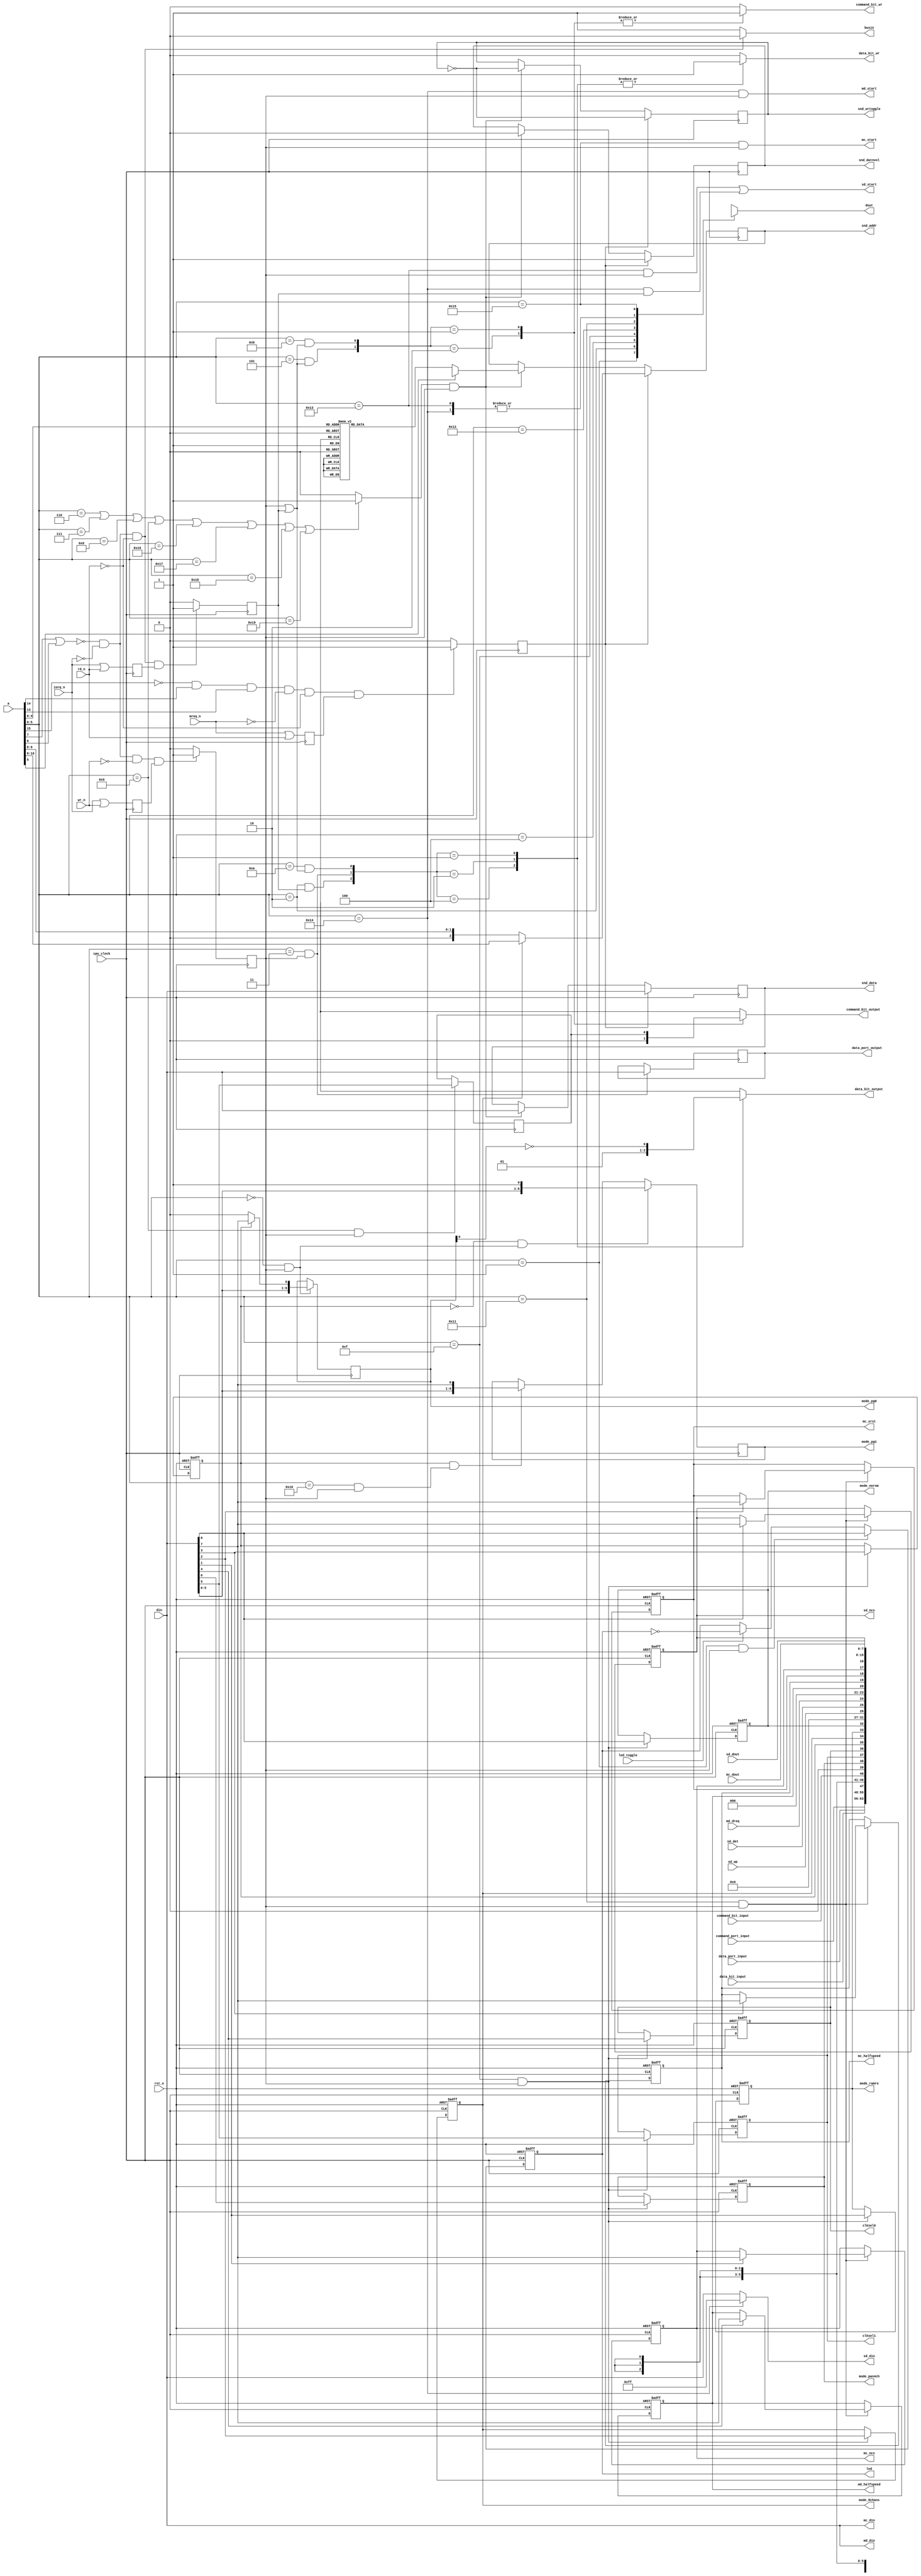
// part of NeoGS project (c) 2007-2008 NedoPC
//

// ports $00-$3f are in FPGA, $40-$ff are in CPLD

module ports(

	din,  // NGS z80 cpu DATA BUS inputs
	dout, // NGS z80 cpu DATA BUS outputs
	busin, // direction of bus: =1 - input, =0 - output
	a, // NSG z80 cpu ADDRESS BUS

	iorq_n,mreq_n,rd_n,wr_n, // NGS z80 cpu control signals


	data_port_input, // data_port input from zxbus module (async)
	data_port_output, // data_port output to zxbus module (async to zxbus, sync here)
	command_port_input, // command_port input from zxbus (async)

	data_bit_input, // data_bit from zxbus module (sync)
	command_bit_input, // --//-- (sync)

	data_bit_output, // output to zxbus module
	command_bit_output,

	data_bit_wr, // strobes (positive) to zxbus module, synchronous
	command_bit_wr,


	mode_8chans, // mode outputs for sound_main module
	mode_pan4ch, //

	mode_ramro, // mode outputs for memmap module
	mode_norom,

	mode_pg0, // page registers for memmap module
	mode_pg1,


	clksel0, // clock select (output from FPGA)
	clksel1,


	snd_wrtoggle, // toggle to write sound data to sound system memory
	snd_datnvol,  // whether it's for volume (=0) or for samples (=1)
	snd_addr,     // address: which channel to be written (0-7)
	snd_data,     // actual 8-bit data to be written


	md_din, // mp3 data interface
	md_start,
	md_dreq,
	md_halfspeed,

	mc_ncs, // mp3 control interface
	mc_xrst,
	mc_dout,
	mc_din,
	mc_start,
	mc_halfspeed,

	sd_ncs, // SD card interface
	sd_dout,
	sd_din,
	sd_start,
	sd_det,
	sd_wp,

	led, // LED control
	led_toggle,


	rst_n,

	cpu_clock // Z80 CPU clock (clk_fpga on schematics)
);


	localparam MPAG      = 6'h00;
	localparam MPAGEX    = 6'h10;

	localparam ZXCMD     = 6'h01;
	localparam ZXDATRD   = 6'h02;
	localparam ZXDATWR   = 6'h03;
	localparam ZXSTAT    = 6'h04;
	localparam CLRCBIT   = 6'h05;

	localparam VOL1      = 6'h06;
	localparam VOL2      = 6'h07;
	localparam VOL3      = 6'h08;
	localparam VOL4      = 6'h09;
	localparam VOL5      = 6'h16;
	localparam VOL6      = 6'h17;
	localparam VOL7      = 6'h18;
	localparam VOL8      = 6'h19;

	localparam DAMNPORT1 = 6'h0a;
	localparam DAMNPORT2 = 6'h0b;

	localparam LEDCTR    = 6'h01;

	localparam GSCFG0    = 6'h0f;

	localparam SCTRL     = 6'h11;
	localparam SSTAT     = 6'h12;

	localparam SD_SEND   = 6'h13;
	localparam SD_READ   = 6'h13;
	localparam SD_RSTR   = 6'h14;

	localparam MD_SEND   = 6'h14; // same as SD_RSTR!!!

	localparam MC_SEND   = 6'h15;
	localparam MC_READ   = 6'h15;



	// inputs/outputs description

	input      [7:0] din;
	output reg [7:0] dout;

	output reg busin; // =1 - dbus ins, =0 - dbus outs

	input [15:0] a;

	input iorq_n,mreq_n,rd_n,wr_n;

	input      [7:0] data_port_input;
	input      [7:0] command_port_input;
	output reg [7:0] data_port_output;

	input data_bit_input;
	input command_bit_input;

	output reg data_bit_output;

	output reg command_bit_output;

	output reg data_bit_wr;

	output reg command_bit_wr;

	output reg mode_8chans;

	output reg mode_pan4ch;

	output reg mode_ramro;

	output reg mode_norom;

	output reg [6:0] mode_pg0;
	output reg [6:0] mode_pg1;

	output reg clksel0;
	output reg clksel1;


	output reg snd_wrtoggle;
	output reg snd_datnvol;
	output reg [2:0] snd_addr;
	output reg [7:0] snd_data;


	input rst_n;

	input cpu_clock;




	// SPI interfaces related

	// MP3 data interface
	output [7:0] md_din; // data to MP3 data SPI interface

	output md_start; // start toggle for mp3 data spi

	input md_dreq; // data request from mp3 decoder

	output reg md_halfspeed;


	// MP3 control interface
	output reg mc_ncs; // nCS signal

	output reg mc_xrst; // xRESET signal

	output mc_start; // start toggle

	output reg mc_halfspeed;

	output [7:0] mc_din; // data to send

	input [7:0] mc_dout; // received data


      // SDcard interface
	output reg sd_ncs;

	output sd_start;

	output [7:0] sd_din;

	input [7:0] sd_dout;

	input sd_det;

	input sd_wp;


// LED control register

	output reg led;
	input led_toggle;



// internal regs & wires

	reg mode_expag; // extended paging mode register

	reg port09_bit5;

	wire port_enabled; // =1 when port address is in enabled region ($00-$3f)
	wire mem_enabled; // =1 when memory mapped sound regs are addressed ($6000-$7FFF)
	reg volports_enabled; // when volume ports are addressed (6-9 and $16-$19)

	reg iowrn_reg; // registered io write signal (all positive edge!)
	reg iordn_reg; // --//--
	reg merdn_reg; // --//--


	reg port_wr; // synchronous positive write pulse (write from z80 to fpga regs)
	reg port_rd;  // synchronous positive read pulse (read done from fpga regs to z80)

	reg memreg_rd; // when memory-mapped sound regs are read






	wire port00_wr;   // specific write and read strobes (1 clock cycle long positive)
	wire p_ledctr_wr;
	wire port02_rd;
	wire port03_wr;
	wire port05_wrrd;
	wire port09_wr;
	wire port0a_wrrd;
	wire port0b_wrrd;
	wire port0f_wr;
	wire port10_wr;

	wire p_sstat_rd;
	wire p_sctrl_rd;
	wire p_sctrl_wr;
	wire p_sdsnd_wr;
	wire p_sdrd_rd;
	wire p_sdrst_rd;
	wire p_mdsnd_wr;
	wire p_mcsnd_wr;
	wire p_mcrd_rd;

	reg [2:0] volnum; // volume register number from port address




// actual code

	//enabled ports
	assign port_enabled = ~(a[7] | a[6]); // $00-$3F

	//enabled mem
	assign mem_enabled = (~a[15]) & a[14] & a[13]; // $6000-$7FFF

	// volume ports enabled
	always @*
	begin
		if( a[5:0]==VOL1 ||
		    a[5:0]==VOL2 ||
		    a[5:0]==VOL3 ||
		    a[5:0]==VOL4 ||
		    a[5:0]==VOL5 ||
		    a[5:0]==VOL6 ||
		    a[5:0]==VOL7 ||
		    a[5:0]==VOL8 )

			volports_enabled <= 1'b1;
		else
			volports_enabled <= 1'b0;
	end



	//when data bus outputs
	always @*
	begin
		if( port_enabled && (!iorq_n) && (!rd_n) )
			busin <= 1'b0; // bus outputs
		else
			busin <= 1'b1; // bus inputs
	end



	// rd/wr/iorq syncing in and pulses
	always @(posedge cpu_clock)
	begin
		iowrn_reg <= iorq_n | wr_n;
		iordn_reg <= iorq_n | rd_n;

		if( port_enabled && (!iorq_n) && (!wr_n) && iowrn_reg )
			port_wr <= 1'b1;
		else
			port_wr <= 1'b0;

		if( port_enabled && (!iorq_n) && (!rd_n) && iordn_reg )
			port_rd <= 1'b1;
		else
			port_rd <= 1'b0;

	end

	// mreq syncing and mem read pulse
	always @(negedge cpu_clock)
	begin
		merdn_reg <= mreq_n | rd_n;

		if( mem_enabled && (!mreq_n) && (!rd_n) && merdn_reg )
			memreg_rd <= 1'b1;
		else
			memreg_rd <= 1'b0;

	end


	// specific ports strobes
	assign port00_wr   = ( a[5:0]==MPAG      && port_wr            );
	assign port02_rd   = ( a[5:0]==ZXDATRD   && port_rd            );
	assign port03_wr   = ( a[5:0]==ZXDATWR   && port_wr            );
	assign port05_wrrd = ( a[5:0]==CLRCBIT   && (port_wr||port_rd) );
	assign port09_wr   = ( a[5:0]==VOL4      && port_wr            );
	assign port0a_wrrd = ( a[5:0]==DAMNPORT1 && (port_wr||port_rd) );
	assign port0b_wrrd = ( a[5:0]==DAMNPORT2 && (port_wr||port_rd) );
	assign port0f_wr   = ( a[5:0]==GSCFG0    && port_wr            );
	assign port10_wr   = ( a[5:0]==MPAGEX    && port_wr            );


	assign p_sctrl_rd = ( a[5:0]==SCTRL  && port_rd );
	assign p_sctrl_wr = ( a[5:0]==SCTRL  && port_wr );
	assign p_sstat_rd = ( a[5:0]==SSTAT  && port_rd );
	assign p_sdsnd_wr = ( a[5:0]==SD_SEND && port_wr );
	assign p_sdrd_rd  = ( a[5:0]==SD_READ && port_rd );
	assign p_sdrst_rd = ( a[5:0]==SD_RSTR && port_rd );
	assign p_mdsnd_wr = ( a[5:0]==MD_SEND && port_wr );
	assign p_mcsnd_wr = ( a[5:0]==MC_SEND && port_wr );
	assign p_mcrd_rd  = ( a[5:0]==MC_READ && port_rd );

	assign p_ledctr_wr = ( a[5:0]==LEDCTR && port_wr );



	// read from fpga to Z80
	always @*
	begin
		case( a[5:0] )
		ZXCMD: // command register
			dout <= command_port_input;
		ZXDATRD: // data register
			dout <= data_port_input;
		ZXSTAT: // status bits
			dout <= { data_bit_input, 6'bXXXXXX, command_bit_input };
		GSCFG0: // config register #0F
			dout <= { 1'b0, mode_pan4ch, clksel1, clksel0, mode_expag, mode_8chans, mode_ramro, mode_norom };

		SSTAT:
			dout <= { 5'd0, sd_wp, sd_det, md_dreq };
		SCTRL:
			dout <= { 3'd0, md_halfspeed, mc_halfspeed, mc_xrst, mc_ncs, sd_ncs };
		SD_READ:
			dout <= sd_dout;
		SD_RSTR:
			dout <= sd_dout;
		MC_READ:
			dout <= mc_dout;

		default:
			dout <= 8'bXXXXXXXX;
		endcase
	end





	// write to $00 and $10 ports ++
	always @(posedge cpu_clock)
	begin
		if( port00_wr==1'b1 ) // port 00
		begin
			if( mode_expag==1'b0 ) // normal paging
				mode_pg0[6:0] <= { din[5:0], 1'b0 };
			else // extended paging
				mode_pg0[6:0] <= { din[5:0], din[7] };
		end

		if( mode_expag==1'b0 && port00_wr==1'b1 ) // port 10 (when in normal mode, part of port 00)
			mode_pg1[6:0] <= { din[5:0], 1'b1 };
		else if( mode_expag==1'b1 && port10_wr==1'b1 )
			mode_pg1[6:0] <= { din[5:0], din[7] };
	end

	// port $03 write ++
	always @(posedge cpu_clock)
	begin
		if( port03_wr==1'b1 )
			data_port_output <= din;
	end

	// port $09 bit tracing
	always @(posedge cpu_clock)
	begin
		if( port09_wr==1'b1 )
			port09_bit5 <= din[5];
	end

	// write and reset of port $0F ++
	always @(posedge cpu_clock,negedge rst_n)
	begin
		if( rst_n==1'b0 ) // reset!
			{ mode_pan4ch, clksel1, clksel0, mode_expag, mode_8chans, mode_ramro, mode_norom } <= 7'b0110000;
		else // write to port
		begin
			if( port0f_wr == 1'b1 )
			begin
				{ mode_pan4ch, clksel1, clksel0, mode_expag, mode_8chans, mode_ramro, mode_norom } <= din[6:0];
			end
		end
	end

	// data bit handling
    always @*
    begin
		case( {port02_rd,port03_wr,port0a_wrrd} )
		3'b100:
		begin
			data_bit_output <= 1'b0;
			data_bit_wr <= 1'b1;
		end

		3'b010:
		begin
			data_bit_output <= 1'b1; // ++
			data_bit_wr <= 1'b1;
		end

		3'b001:
		begin
			data_bit_output <= ~mode_pg0[0];
			data_bit_wr <= 1'b1;
		end

		default:
		begin
			data_bit_output <= 1'bX;
			data_bit_wr <= 1'b0;
		end
    	endcase

    end

	// command bit handling
	always @*
	begin
		casex( {port05_wrrd,port0b_wrrd} )
		2'b10:
		begin
			command_bit_output <= 1'b0;
			command_bit_wr <= 1'b1;
		end

		2'b01:
		begin
			command_bit_output <= port09_bit5;
			command_bit_wr <= 1'b1;
		end

		default:
		begin
			command_bit_output <= 1'bX;
			command_bit_wr <= 1'b0;
		end
		endcase
	end

	// handle data going to sound module (volume and samples values)
	always @*
	begin
		case( a[5:0] ) // port addresses to volume register numbers
		VOL1:
			volnum <= 3'd0;
		VOL2:
			volnum <= 3'd1;
		VOL3:
			volnum <= 3'd2;
		VOL4:
			volnum <= 3'd3;
		VOL5:
			volnum <= 3'd4;
		VOL6:
			volnum <= 3'd5;
		VOL7:
			volnum <= 3'd6;
		VOL8:
			volnum <= 3'd7;
		default:
			volnum <= 3'bXXX;
		endcase
	end

	// handling itself (sending data to sound module)
	always @(posedge cpu_clock)
	begin
		if( memreg_rd ) // memory read - sample data write
		begin
			snd_wrtoggle <= ~snd_wrtoggle;
			snd_datnvol  <= 1'b1; // sample data

			if( !mode_8chans ) // 4 channel mode
				snd_addr <= { 1'b0, a[9:8] };
			else // 8 channel mode
				snd_addr <= a[10:8];

			snd_data <= din;
		end
		else if( volports_enabled && port_wr )
		begin
			snd_wrtoggle <= ~snd_wrtoggle;
			snd_datnvol  <= 1'b0; // volume data
			snd_addr <= volnum;
			snd_data <= din;
		end
	end






	//SPI (mp3, SD) interfaces

	assign sd_din = (a[5:0]==SD_RSTR) ? 8'hFF : din;
	assign mc_din = din;
	assign md_din = din;


	assign sd_start = p_sdsnd_wr | p_sdrst_rd;
	assign mc_start = p_mcsnd_wr;
	assign md_start = p_mdsnd_wr;


      always @(posedge cpu_clock, negedge rst_n)
      begin
		if( !rst_n ) // async reset
		begin
			md_halfspeed <= 1'b0;
			mc_halfspeed <= 1'b1;
			mc_xrst      <= 1'b0;
			mc_ncs       <= 1'b1;
			sd_ncs       <= 1'b1;
		end
		else // clock
		begin
			if( p_sctrl_wr )
			begin
				if( din[0] )
					sd_ncs       <= din[7];

				if( din[1] )
					mc_ncs       <= din[7];

				if( din[2] )
					mc_xrst      <= din[7];

				if( din[3] )
					mc_halfspeed <= din[7];

				if( din[4] )
					md_halfspeed <= din[7];
			end
		end
      end



	// LED control
	always @(posedge cpu_clock, negedge rst_n)
	begin
		if( !rst_n )
			led <= 1'b0;
		else
		begin
			if( p_ledctr_wr )
				led <= din[0];
			else if( led_toggle )
				led <= ~led;
		end

	end






endmodule